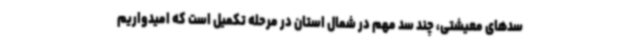
سدهای معیشتی، چند سد مهم در شمال استان در مرحله تکمیل است که امیدواریم